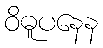
ဝိဓူပနေန